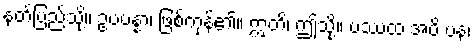
နတ်ပြည်သို့။ ဥပပန္နာ၊ ဖြစ်ကုန်၏။ ဣတိ၊ ဤသို့။ ပဿထ အပိ ပန၊